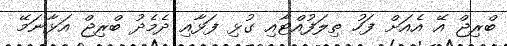
ބްރިޖް އޭ އެއަށް ފަހު ތިލަފުއްޓާއި ގުޅި ފަޅާއި ދެމެދު ބްރިޖް އަޅާނަމޭ